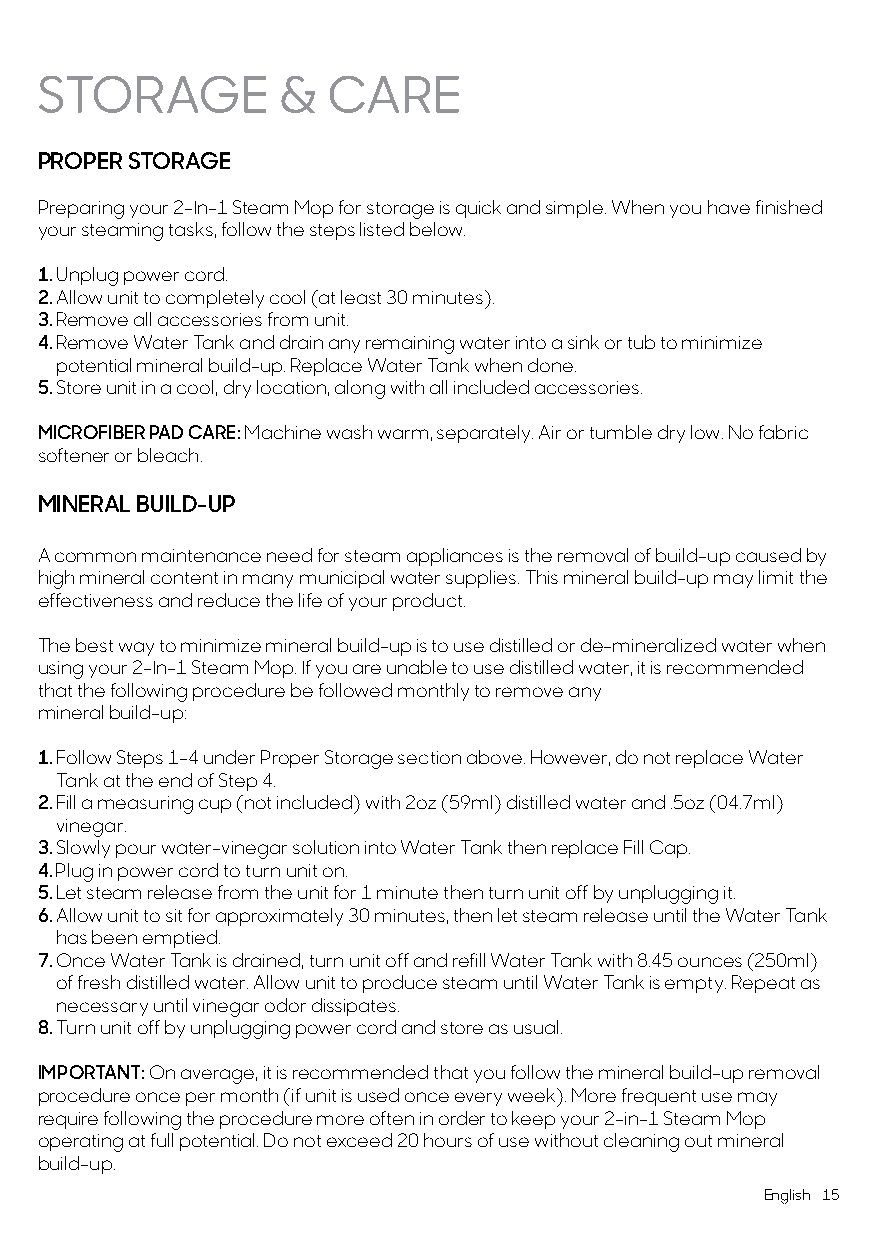
STORAGE         &   CARE
 PROPER STORAGE
 Preparing your 2-In-1 Steam Mop for storage is quick and simple. When you have finished
 your steaming tasks, follow the steps listed below.
 1. Unplug power cord.
 2. Allow unit to completely cool (at least 30 minutes).
 3. Remove all accessories from unit.
 4. Remove Water Tank and drain any remaining water into a sink or tub to minimize
 potential mineral build-up. Replace Water Tank when done.
 5. Store unit in a cool, dry location, along with all included accessories.
 MICROFIBER PAD CARE: Machine wash warm, separately. Air or tumble dry low. No fabric
 softener or bleach.
 MINERAL BUILD-UP
 A common maintenance need for steam appliances is the removal of build-up caused by
 high mineral content in many municipal water supplies. This mineral build-up may limit the
 effectiveness and reduce the life of your product.
 The best way to minimize mineral build-up is to use distilled or de-mineralized water when
 using your 2-In-1 Steam Mop. If you are unable to use distilled water, it is recommended
 that the following procedure be followed monthly to remove any
 mineral build-up:
 1. Follow Steps 1-4 under Proper Storage section above. However, do not replace Water
 Tank at the end of Step 4.
 2. Fill a measuring cup (not included) with 2oz (59ml) distilled water and .5oz (04.7ml)
 vinegar.
 3. Slowly pour water-vinegar solution into Water Tank then replace Fill Cap.
 4. Plug in power cord to turn unit on.
 5. Let steam release from the unit for 1 minute then turn unit off by unplugging it.
 6. Allow unit to sit for approximately 30 minutes, then let steam release until the Water Tank
 has been emptied.
 7. Once Water Tank is drained, turn unit off and refill Water Tank with 8.45 ounces (250ml)
 of fresh distilled water. Allow unit to produce steam until Water Tank is empty. Repeat as
 necessary until vinegar odor dissipates.
 8. Turn unit off by unplugging power cord and store as usual.
 IMPORTANT: On average, it is recommended that you follow the mineral build-up removal
 procedure once per month (if unit is used once every week). More frequent use may
 require following the procedure more often in order to keep your 2-in-1 Steam Mop
 operating at full potential. Do not exceed 20 hours of use without cleaning out mineral
 build-up.
 English 15